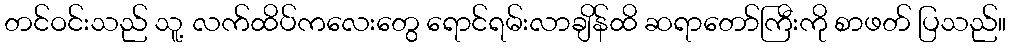
တင်ဝင်းသည် သူ့ လက်ထိပ်ကလေးတွေ ရောင်ရမ်းလာချိန်ထိ ဆရာတော်ကြီးကို စာဖတ် ပြသည်။